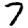
Digit: 7